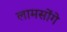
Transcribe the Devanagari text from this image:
लामसोंगे